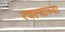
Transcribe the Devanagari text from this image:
रचल्याच्या